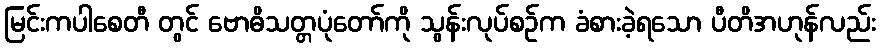
မြင်းကပါစေတီ တွင် ဗောဓိသတ္တပုံတော်ကို သွန်းလုပ်စဉ်က ခံစားခဲ့ရသော ပီတိအဟုန်လည်း